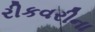
રીકવરીના